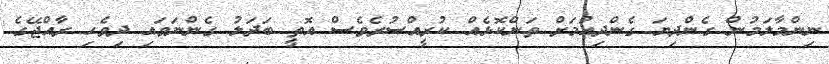
ނިންމާލަމުން ގެންދިޔަ ގެންދިއުމަށް ތަންކޮޅެއް ކުރީއްސުރެވެސް އޮތީ ބަދަލު ގެންނަވައި ދިވެހި ރާއްޖޭގެ